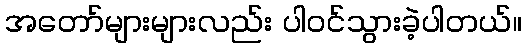
အတော်များများလည်း ပါဝင်သွားခဲ့ပါတယ်။